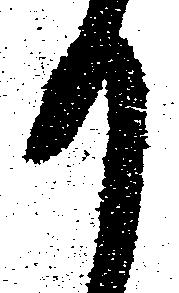
か